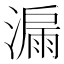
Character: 𣾡